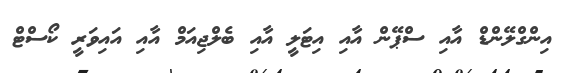
އިންގްލޭންޑް އާއި ސްޕޭން އާއި އިޓަލީ އާއި ބެލްޖިއަމް އާއި އައިވަރީ ކޯސްޓް